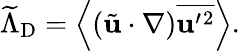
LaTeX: \widetilde{\Lambda}_{\mathrm{{D}}}=\left\langle{(\tilde{\mathbf{u}}\cdot\nabla)\overline{{{\mathbf{u}}^{\prime}{}^{2}}}}\right\rangle.